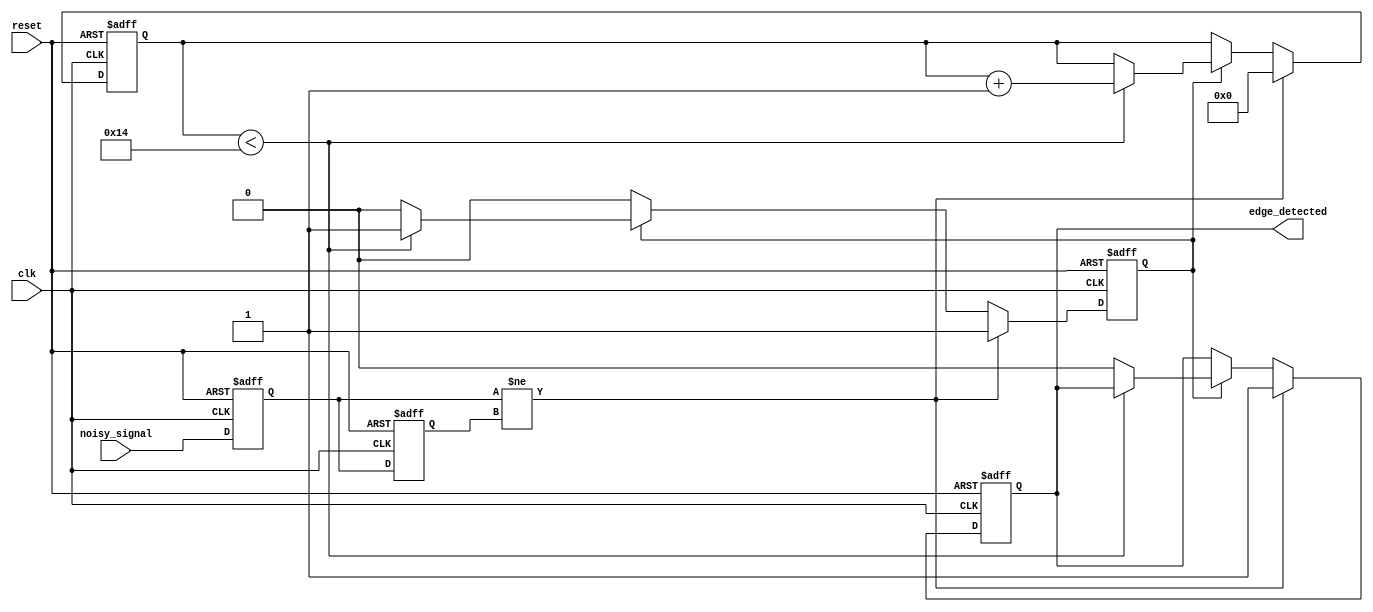
module DebouncedEdgeDetector (
    input wire clk,               // Clock signal
    input wire reset,             // Asynchronous reset signal
    input wire noisy_signal,      // Input noisy signal (e.g., from a switch)
    output reg edge_detected      // Output signal indicating an edge has been detected
);

    // Parameters for debounce timing
    parameter DEBOUNCE_TIME = 20; // Adjust this value based on your clock frequency

    // Memory blocks to store the previous and current states of the input signal
    reg previous_state;
    reg current_state;

    // Counter for debounce logic
    reg [4:0] debounce_counter; // 5 bits can count up to 31

    // State machine states
    localparam IDLE = 1'b0;
    localparam DEBOUNCE = 1'b1;
    reg state;

    // Initialize registers
    initial begin
        previous_state = 1'b0;
        current_state = 1'b0;
        edge_detected = 1'b0;
        debounce_counter = 5'b0;
        state = IDLE;
    end

    // Main process
    always @(posedge clk or posedge reset) begin
        if (reset) begin
            // Reset the state and outputs
            previous_state <= 1'b0;
            current_state <= 1'b0;
            edge_detected <= 1'b0;
            debounce_counter <= 5'b0;
            state <= IDLE;
        end else begin
            // Sample the noisy signal
            previous_state <= current_state;
            current_state <= noisy_signal;

            // Edge detection logic
            if (current_state != previous_state) begin
                // An edge is detected
                edge_detected <= 1'b1;
                debounce_counter <= 5'b0; // Reset counter
                state <= DEBOUNCE; // Move to debounce state
            end else if (state == DEBOUNCE) begin
                // Increment debounce counter
                if (debounce_counter < DEBOUNCE_TIME) begin
                    debounce_counter <= debounce_counter + 1;
                end else begin
                    // After debounce time, clear edge detected signal
                    edge_detected <= 1'b0; 
                    state <= IDLE; // Return to idle state
                end
            end
        end
    end

endmodule